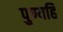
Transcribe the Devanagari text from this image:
पुण्यहि